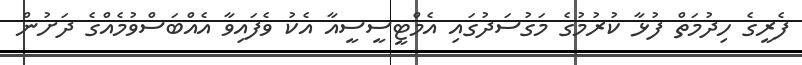
ފެރީގެ ހިދުމަތް ފުޅާ ކުރުމުގެ މަގުސަދުގައި އެމްޓީސީސީއާ އެކު ވެފައިވާ އެއްބަސްވުމެއްގެ ދަށުން